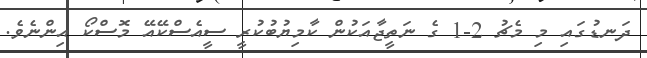
ދަނޑުގައި މި މެޗު 2-1 ގެ ނަތީޖާއަކުން ކާމިޔުބުކުރީ ސީއެސްކޭއޭ މޮސްކޯ އިންނެވެ.